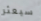
سيعثر